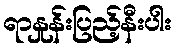
ရာနှုန်းပြည့်နီးပါး